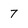
Character: 7